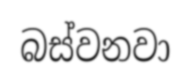
බස්වනවා